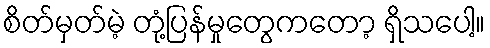
စိတ်မှတ်မဲ့ တုံ့ပြန်မှုတွေကတော့ ရှိသပေါ့။